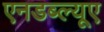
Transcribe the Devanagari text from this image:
एनडब्ल्यूए